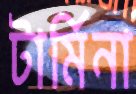
টার্মিনা